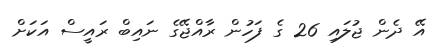
އޭ ދެން ޖުލައި 26 ގެ ފަހުން ރާއްޖޭގެ ނައިބް ރައީސް އަކަށް